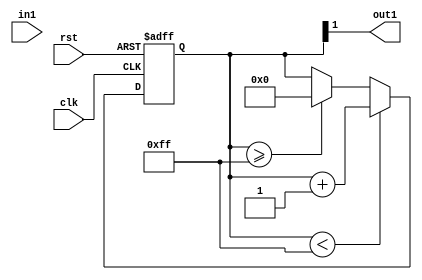
module adder_flex(
	input rst,
	input clk,
	input in1,
	output out1

);
reg [7:0] cnt;
assign out1=1'b1&cnt[1];
always @(posedge clk,negedge rst)begin
	if(!rst)begin
		cnt<=0;
	end
	else if(cnt<8'hff)
		cnt<=cnt+1;
	else if(cnt >=8'hff)
		cnt<=0;
	else 
		cnt<=cnt;
end


endmodule